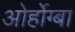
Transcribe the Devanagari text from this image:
ओर्होग्बा